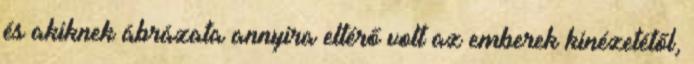
és akiknek ábrázata annyira eltérő volt az emberek kinézetétől,